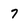
Character: 7